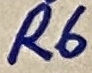
Text: R6